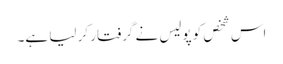
اس شخص کو پولیس نے گرفتار کر لیا ہے۔